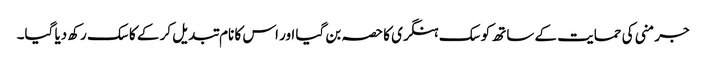
جرمنی کی حمایت کے ساتھ کوسک ہنگری کا حصہ بن گیا اور اس کا نام تبدیل کر کے کاسک رکھ دیا گیا۔